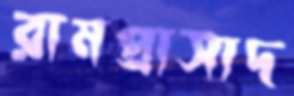
রামপ্রাসাদ